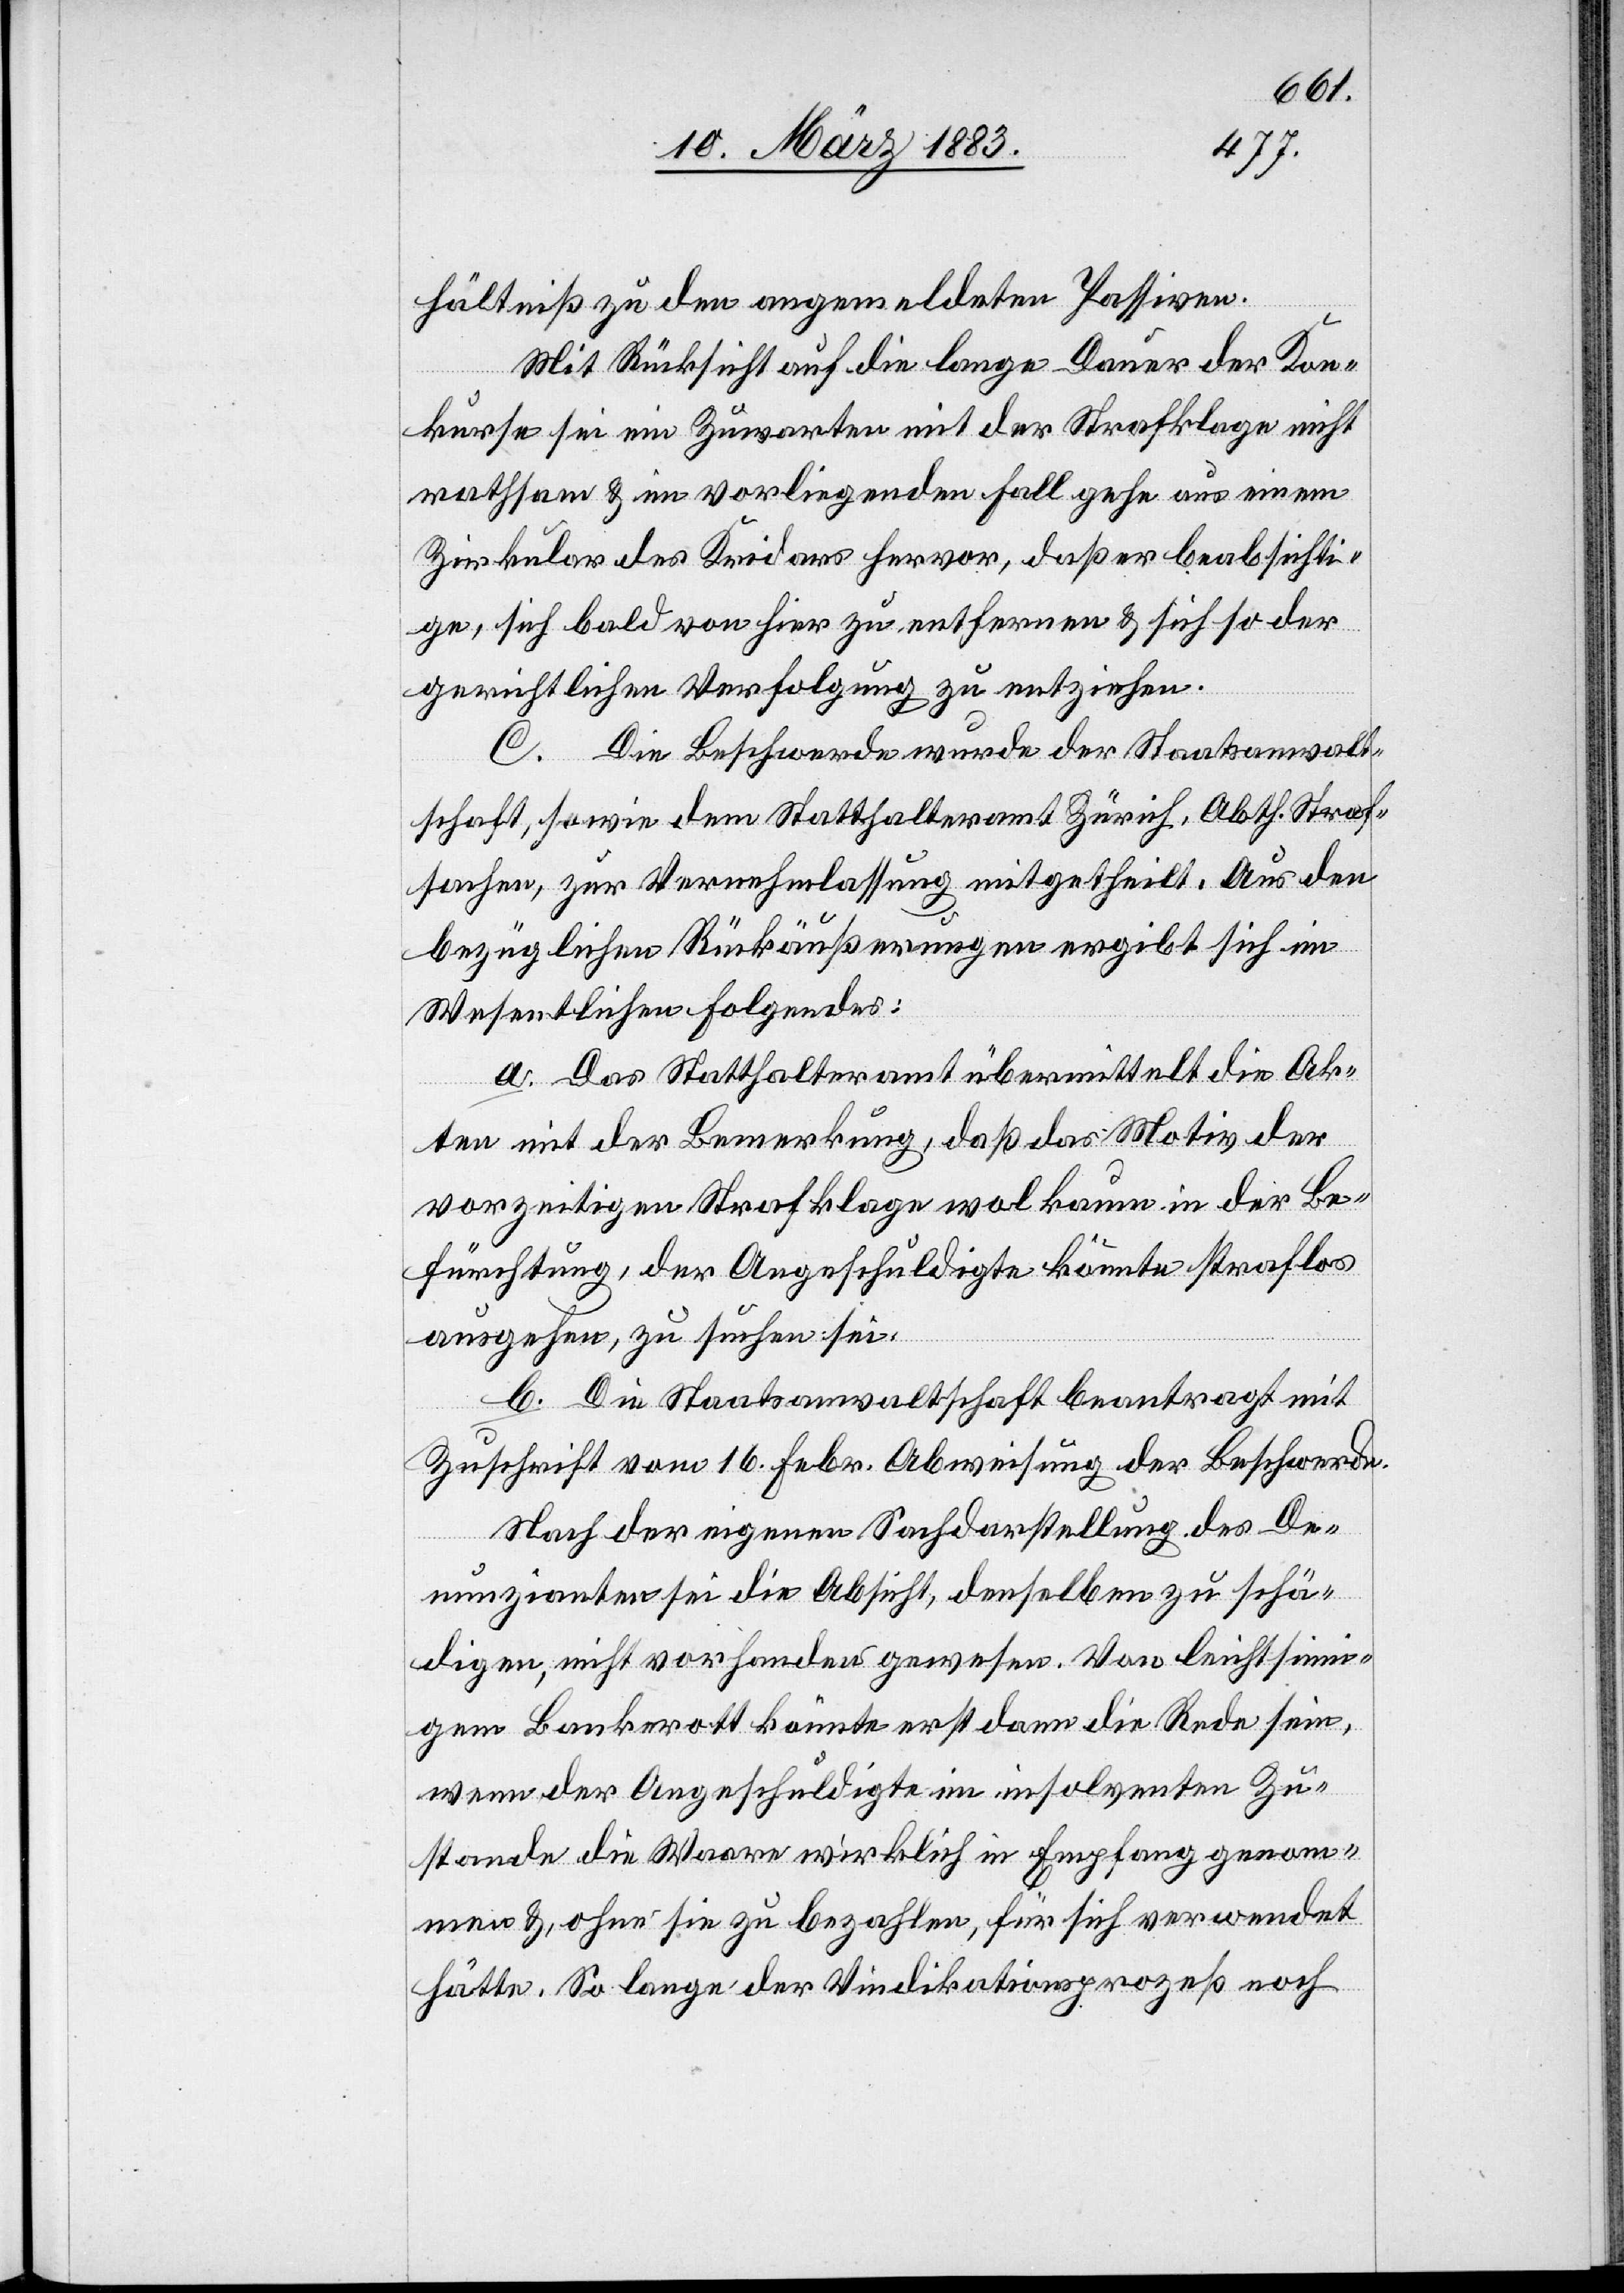
G. A.
Bankerotts,